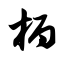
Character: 柄